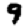
Digit: 9